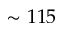
\sim 1 1 5